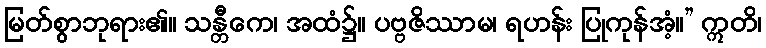
မြတ်စွာဘုရား၏။ သန္တီကေ၊ အထံ၌။ ပဗ္ဗဇိဿာမ၊ ရဟန်း ပြုကုန်အံ့။” ဣတိ၊